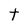
Character: t